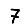
Digit: 7